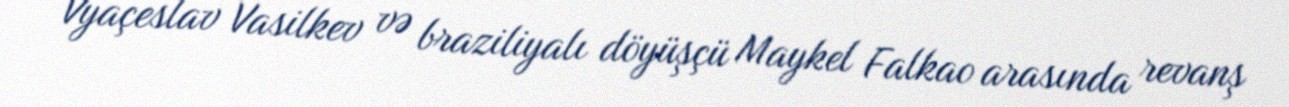
Vyaçeslav Vasilkev və braziliyalı döyüşçü Maykel Falkao arasında revanş